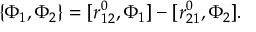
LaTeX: \{ \Phi _ { 1 } , \Phi _ { 2 } \} = [ r _ { 1 2 } ^ { 0 } , \Phi _ { 1 } ] - [ r _ { 2 1 } ^ { 0 } , \Phi _ { 2 } ] .